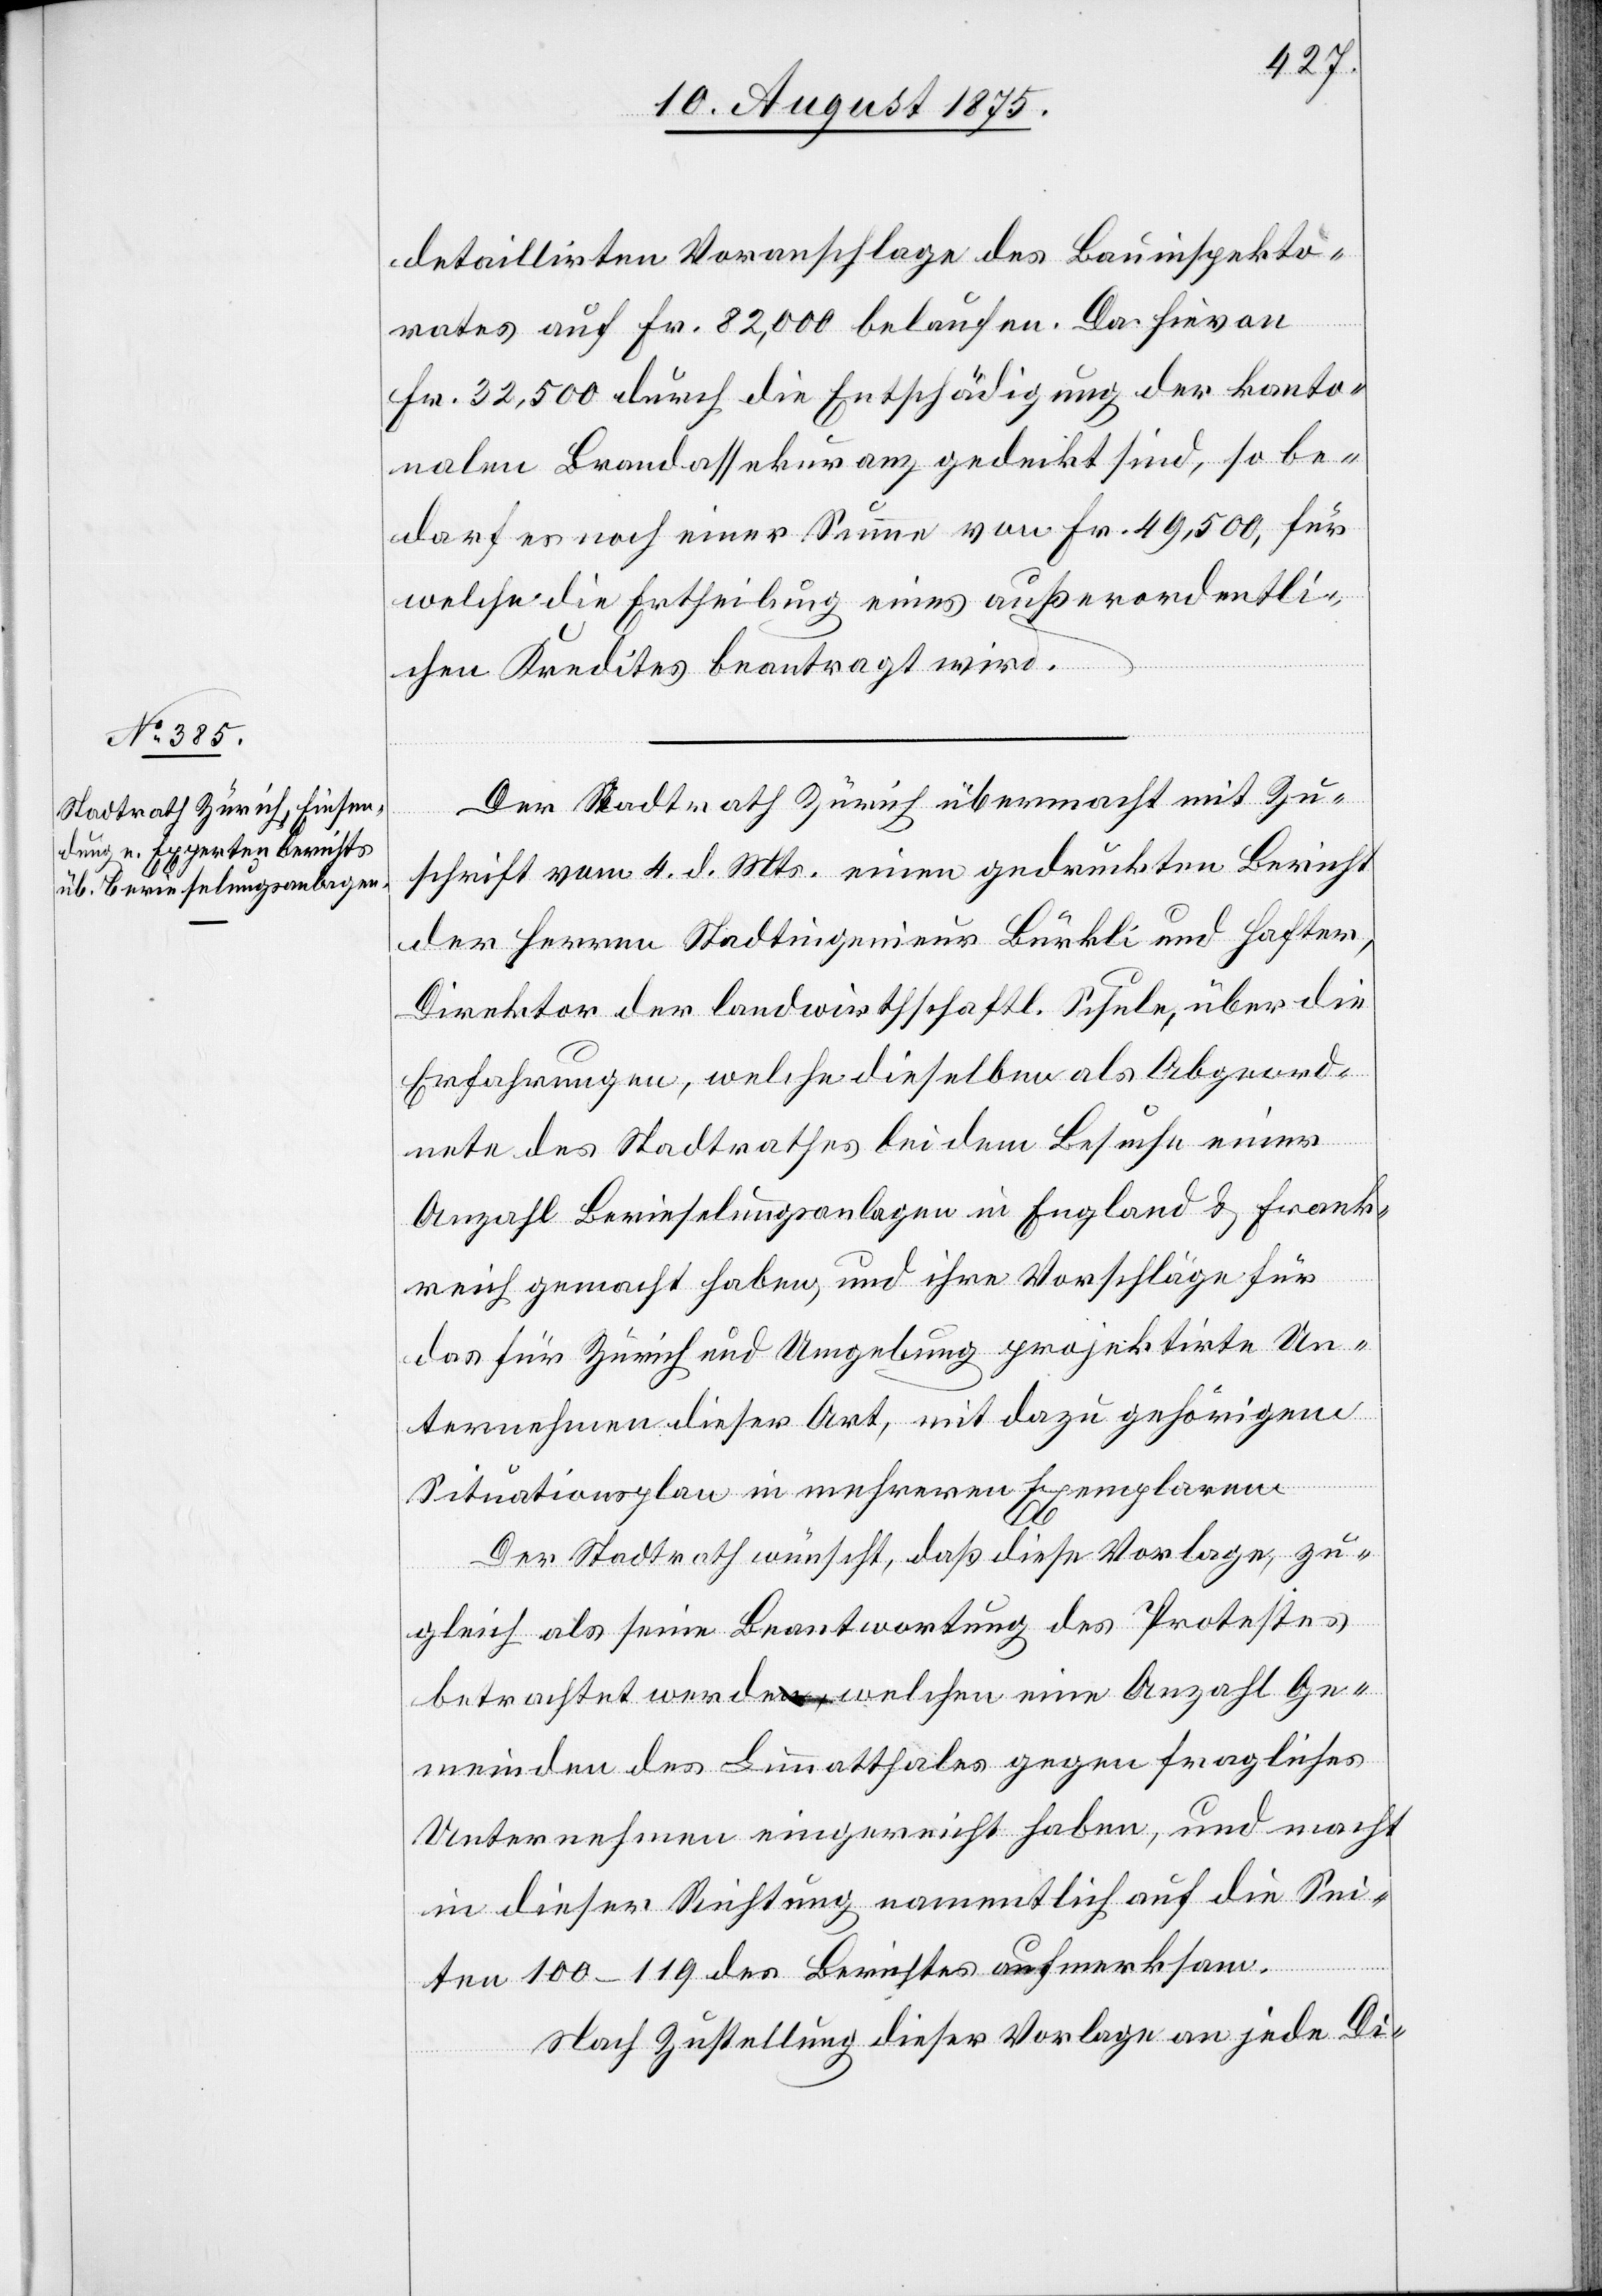
detaillirten Voranschlage des Bauinspekto¬
rates auf Fr. 82,000 belaufen. Da hievon
Fr. 32,500 durch die Entschädigung der kanto¬
nalen Brandassekuranz gedeckt sind, so be¬
darf es noch einer Summe von Fr. 49,500, für
welche die Ertheilung eines außerordentli¬
dem
chen Kredites beantragt wird.
Der Stadtrath Zürich übermacht mit Zu¬
schrift vom 4. d. Mts. einen gedruckten Bericht
der Herren Stadtingenieur Bürkli und Hafter,
Direktor der landwirthschaftl. Schule, über die
Erfahrungen, welche dieselben als Abgeord¬
wer¬
nete des Stadtrathes bei dem Besuche einer
Anzahl Berieselungsanlagen in England & Frank¬
reich gemacht haben, und ihre Vorschläge für
das für Zürich und Umgebung projektirte Un¬
ternehmen dieser Art mit dazu gehörigem
Situationsplan in mehreren Exemplaren.
Der Stadtrath wünscht, daß diese Vorlage, zu¬
gleich als seine Beantwortung des Protestes
betrachtet werde, welchen eine Anzahl Ge¬
meinden des Limmatthales gegen fragliches
Unternehmen eingereicht haben, und macht
in dieser Richtung namentlich auf die Sei¬
ten 100–119 des Berichtes aufmerksam.
Nach Zustellung dieser Vorlage an jede Di-